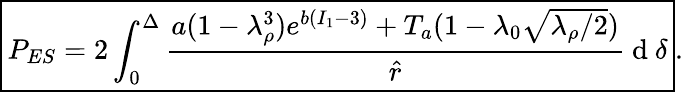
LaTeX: \begin{array}{r}{\boxed{P_{ES}=2\int_{0}^{\Delta}\frac{a(1-\lambda_{\rho}^{3})e^{b(I_{1}-3)}+T_{a}({1-\lambda_{0}\sqrt{{\lambda_{\rho}}/{2}}})}{\hat{r}}\mathrm{~d~}\delta}.}\end{array}